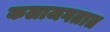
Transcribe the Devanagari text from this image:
कलाजगतात